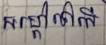
សម្តៅទៅលើ